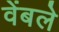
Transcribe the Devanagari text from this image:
वेंबले